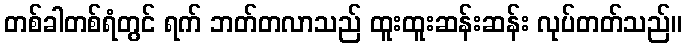
တစ်ခါတစ်ရံတွင် ရက် ဘတ်တလာသည် ထူးထူးဆန်းဆန်း လုပ်တတ်သည်။